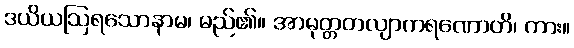
ဒယိယဩရသောနာမ၊ မည်၏။ အာမုတ္တတလျာကရဏောတိ၊ ကား။